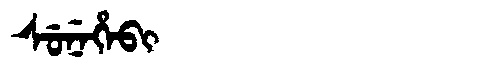
Manchu: ᠰᡠᠨᡝᡥᡝᠪᡳ
Romanization: SUNEHEBI